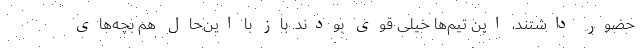
حضور داشتند، این تیم‌ها خیلی قوی بودند. باز با این‌حال هم بچه‌های